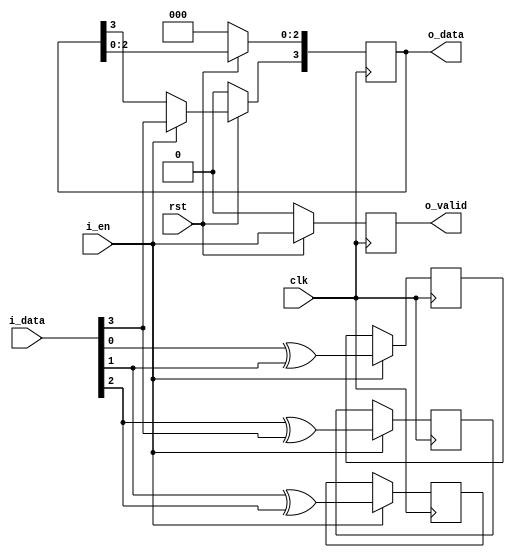
// This program was cloned from: https://github.com/MongooseOrion/FPGA_atoms
// License: MIT License

//
// 
//
module gray #(
    parameter MSB = 4                   // 
)
(
    input                   clk,
    input                   rst,
    input                   i_en,
    input      [MSB-1:0]    i_data,
    output reg              o_valid,
    output reg [MSB-1:0]    o_data
);

always@(posedge clk) begin
    if(!rst) begin
        o_valid <= 0;
    end
    else begin
        o_valid <= i_en;
    end
end

always@(posedge clk) begin
    if(!rst) begin
        o_data <= 'b0;
    end
    else begin
        if(i_en) begin
            o_data[MSB-1] <= i_data[MSB-1];
        end
        else begin
            o_data[MSB-1] <= o_data[MSB-1];
        end
    end
end

genvar i;
generate
    for(i=MSB-2; i>=0; i=i-1) begin
        always@(posedge clk) begin
            if(i_en) begin
                o_data[i] <= i_data[i] ^ i_data[i+1];
            end
            else begin
                o_data[i] <= o_data[i];
            end
        end
    end
endgenerate

endmodule